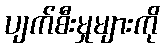
ပျက်စီးမှုများကို